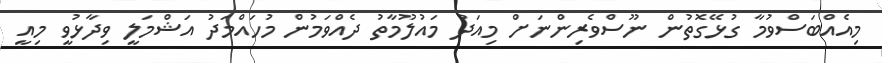
މިއެއްބަސްވުމާ ގުޅޭގޮތުން ނޫސްވެރިންނަށް މިއަދު މައުލޫމާތު ދެއްވަމުން މުހައްމަދު އަޝްމަލީ ވިދާޅުވީ މިއީ